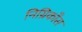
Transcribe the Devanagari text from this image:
निग्रिकाँस